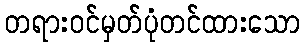
တရားဝင်မှတ်ပုံတင်ထားသော